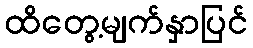
ထိတွေ့မျက်နှာပြင်